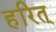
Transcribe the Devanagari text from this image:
हरित्‌